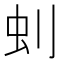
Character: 𠛿